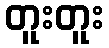
တူးတူး